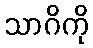
သာဂိကို